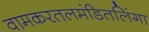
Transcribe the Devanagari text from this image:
वामकरतलमंडितलिंगा